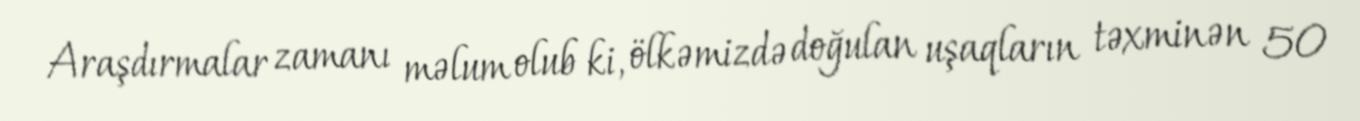
Araşdırmalar zamanı məlum olub ki, ölkəmizdə doğulan uşaqların təxminən 50